Investigations into the jail dietaries of the United Provinces with some observations on the influence of dietary on the physical development and well-being of the people of the United Provinces - Number 48
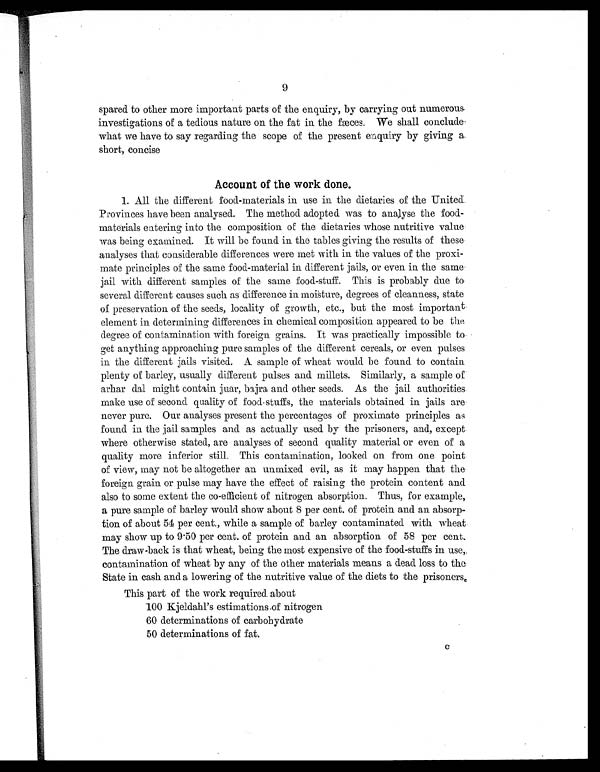
9
spared to other more important parts of the enquiry, by carrying out numerous
investigations of a tedious nature on. the fat in the fæces We shall conclude-
what we have to say regarding the scope of the present enquiry by giving a.
short, concise
Account of the work done.
1. All the different food-materials in use in the dietaries of the -United
Provinces have been analysed. The method adopted was to analyse the food-
materials entering into the composition of the dietaries whose nutritive value
was being examined. It will be found in the tables giving the results of these
analyses that considerable differences were met with in the values of the proxi-
mate principles of the same food-material in different jails, or even in the same
jail with different samples of the same food-stuff. This is probably due to
several different causes such as difference in moisture, degrees of cleanness, state
of preservation of the seeds, locality of growth, etc., but the most important
element in determining differences in chemical composition appeared to be the
degree of contamination with foreign grains. It was practically impossible to
get anything approaching pure samples of the different cereals, or even pulses
in the different jails visited. A. sample of wheat would be found to contain
plenty of barley, usually different pulses and millets. Similarly, a sample of
arhar dal might contain juar, bajra and other seeds. As the jail authorities.
make use of second quality of food-stuffs, the materials obtained in jails are
never pure. Our analyses present the percentages of proximate principles as
found in the jail samples and as actually used by the prisoners, and, except
where otherwise stated, are analyses of second quality material or even of a
quality more inferior still. This contamination, looked on from one point
of view, may not be altogether an unmixed evil, as it may happen that the
foreign grain or pulse may have the effect of raising the protein content and
also to some extent the co-efficient of nitrogen absorption. Thus, for example,
a pure sample of barley would show about 8 per cent. of protein and an absorp-
tion of about 54 per cent., while a sample of barley contaminated with wheat.
may show up to 9 . 50 per cent. of protein and an absorption of 58 per cent.
The draw-back is that wheat, being the most expensive of the food-stuffs in use,.
contamination of wheat by any of the other materials means a dead loss to the
State in cash and a lowering of the nutritive value of the diets to the prisoners,
This part of the work required. about
100 Kjeldahl's estimations off nitrogen
60 determinations of carbohydrate
50 determinations of fat.